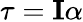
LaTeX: \tau=\mathbf{I}\alpha